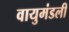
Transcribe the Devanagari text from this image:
वायुमंडली